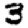
Digit: 3